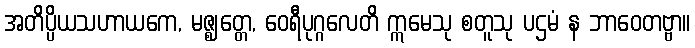
အတိပ္ပိယသဟာယကေ, မဇ္ဈတ္တေ, ဝေရီပုဂ္ဂလေတိ ဣမေသု စတူသု ပဌမံ န ဘာဝေတဗ္ဗာ။